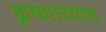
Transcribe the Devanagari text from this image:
कृष्णाच्याच